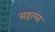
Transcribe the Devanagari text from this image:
महल्ल